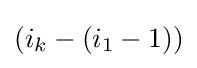
{\textstyle (i_{k}-(i_{1}-1))}